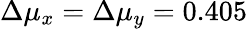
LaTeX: \Delta\mu_{x}=\Delta\mu_{y}=0.405